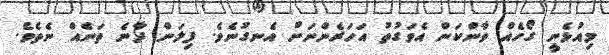
މިއުޅެނީ ގޯހެއް ވާންކަން އެވަގުތު އަހަރެންނަށް އެނގުނެވެ. ފިލަން ދާނެ ތަނެއް ނެތެވެ.